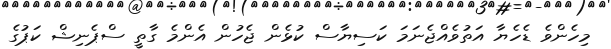
މިހެންވެ ޑެހެޔާ އަތުވެއްޖެނަމަ ކަސިޔާސް ކުޅެން ޖެހުން އެންމެ ގާތީ ސްޕެނިޝް ކަޕުގެ